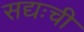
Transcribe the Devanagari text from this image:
सद्यःची